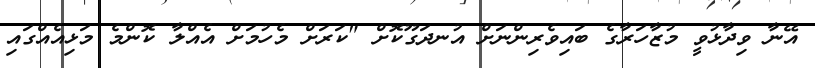
އޭނާ ވިދާޅުވީ މުޒާހަރާގެ ބައިވެރިންނަށް އުނދަގޫކޮށް "ކަރަށް މެހުމަށް އެއްލާ ކޮންމެ މަޅިއެއްގައި